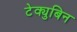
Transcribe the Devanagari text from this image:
टेक्युबिन